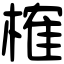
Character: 榷